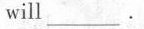
will ___.